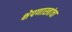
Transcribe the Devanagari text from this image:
क्षेपणास्त्रांचा